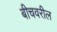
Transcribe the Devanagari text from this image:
बीचवरील